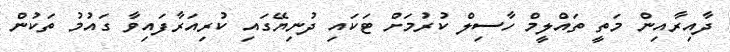
ދާއިރާއިން މަތީ ތައްލީމް ހާސިލް ކުރުމަށް ޓަކައި ދުނިޔޭގައި ކުރިއަރާފައިވާ ގައުމު ތަކުން